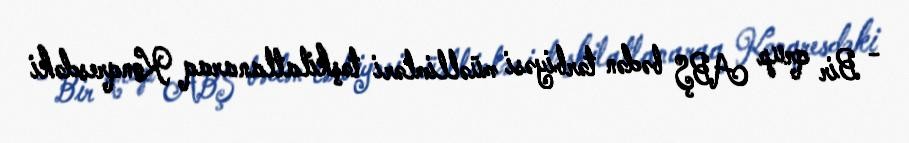
- Bir qrup ABŞ bədən tərbiyəsi müəllimləri təşkilatlanaraq Konqresdəki